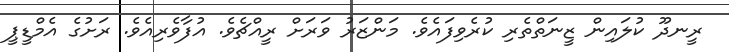
ރީނދޫ ކުލައިން ޒީނަތްތެރި ކުރެވިފައެވެ. މަންޒަރު ވަރަށް ރީއްޗެވެ. އުފާވެރިއެވެ. ރަށުގެ އެމްޑީޕީ